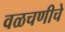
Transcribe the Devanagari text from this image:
वळचणीचे